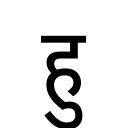
OCR:
हु